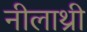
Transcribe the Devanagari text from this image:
नीलाथ्री